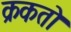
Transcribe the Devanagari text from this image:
क्रकतो